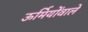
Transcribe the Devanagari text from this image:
ऊर्मियोंवाले